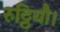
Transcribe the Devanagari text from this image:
रुट्ठियौ।